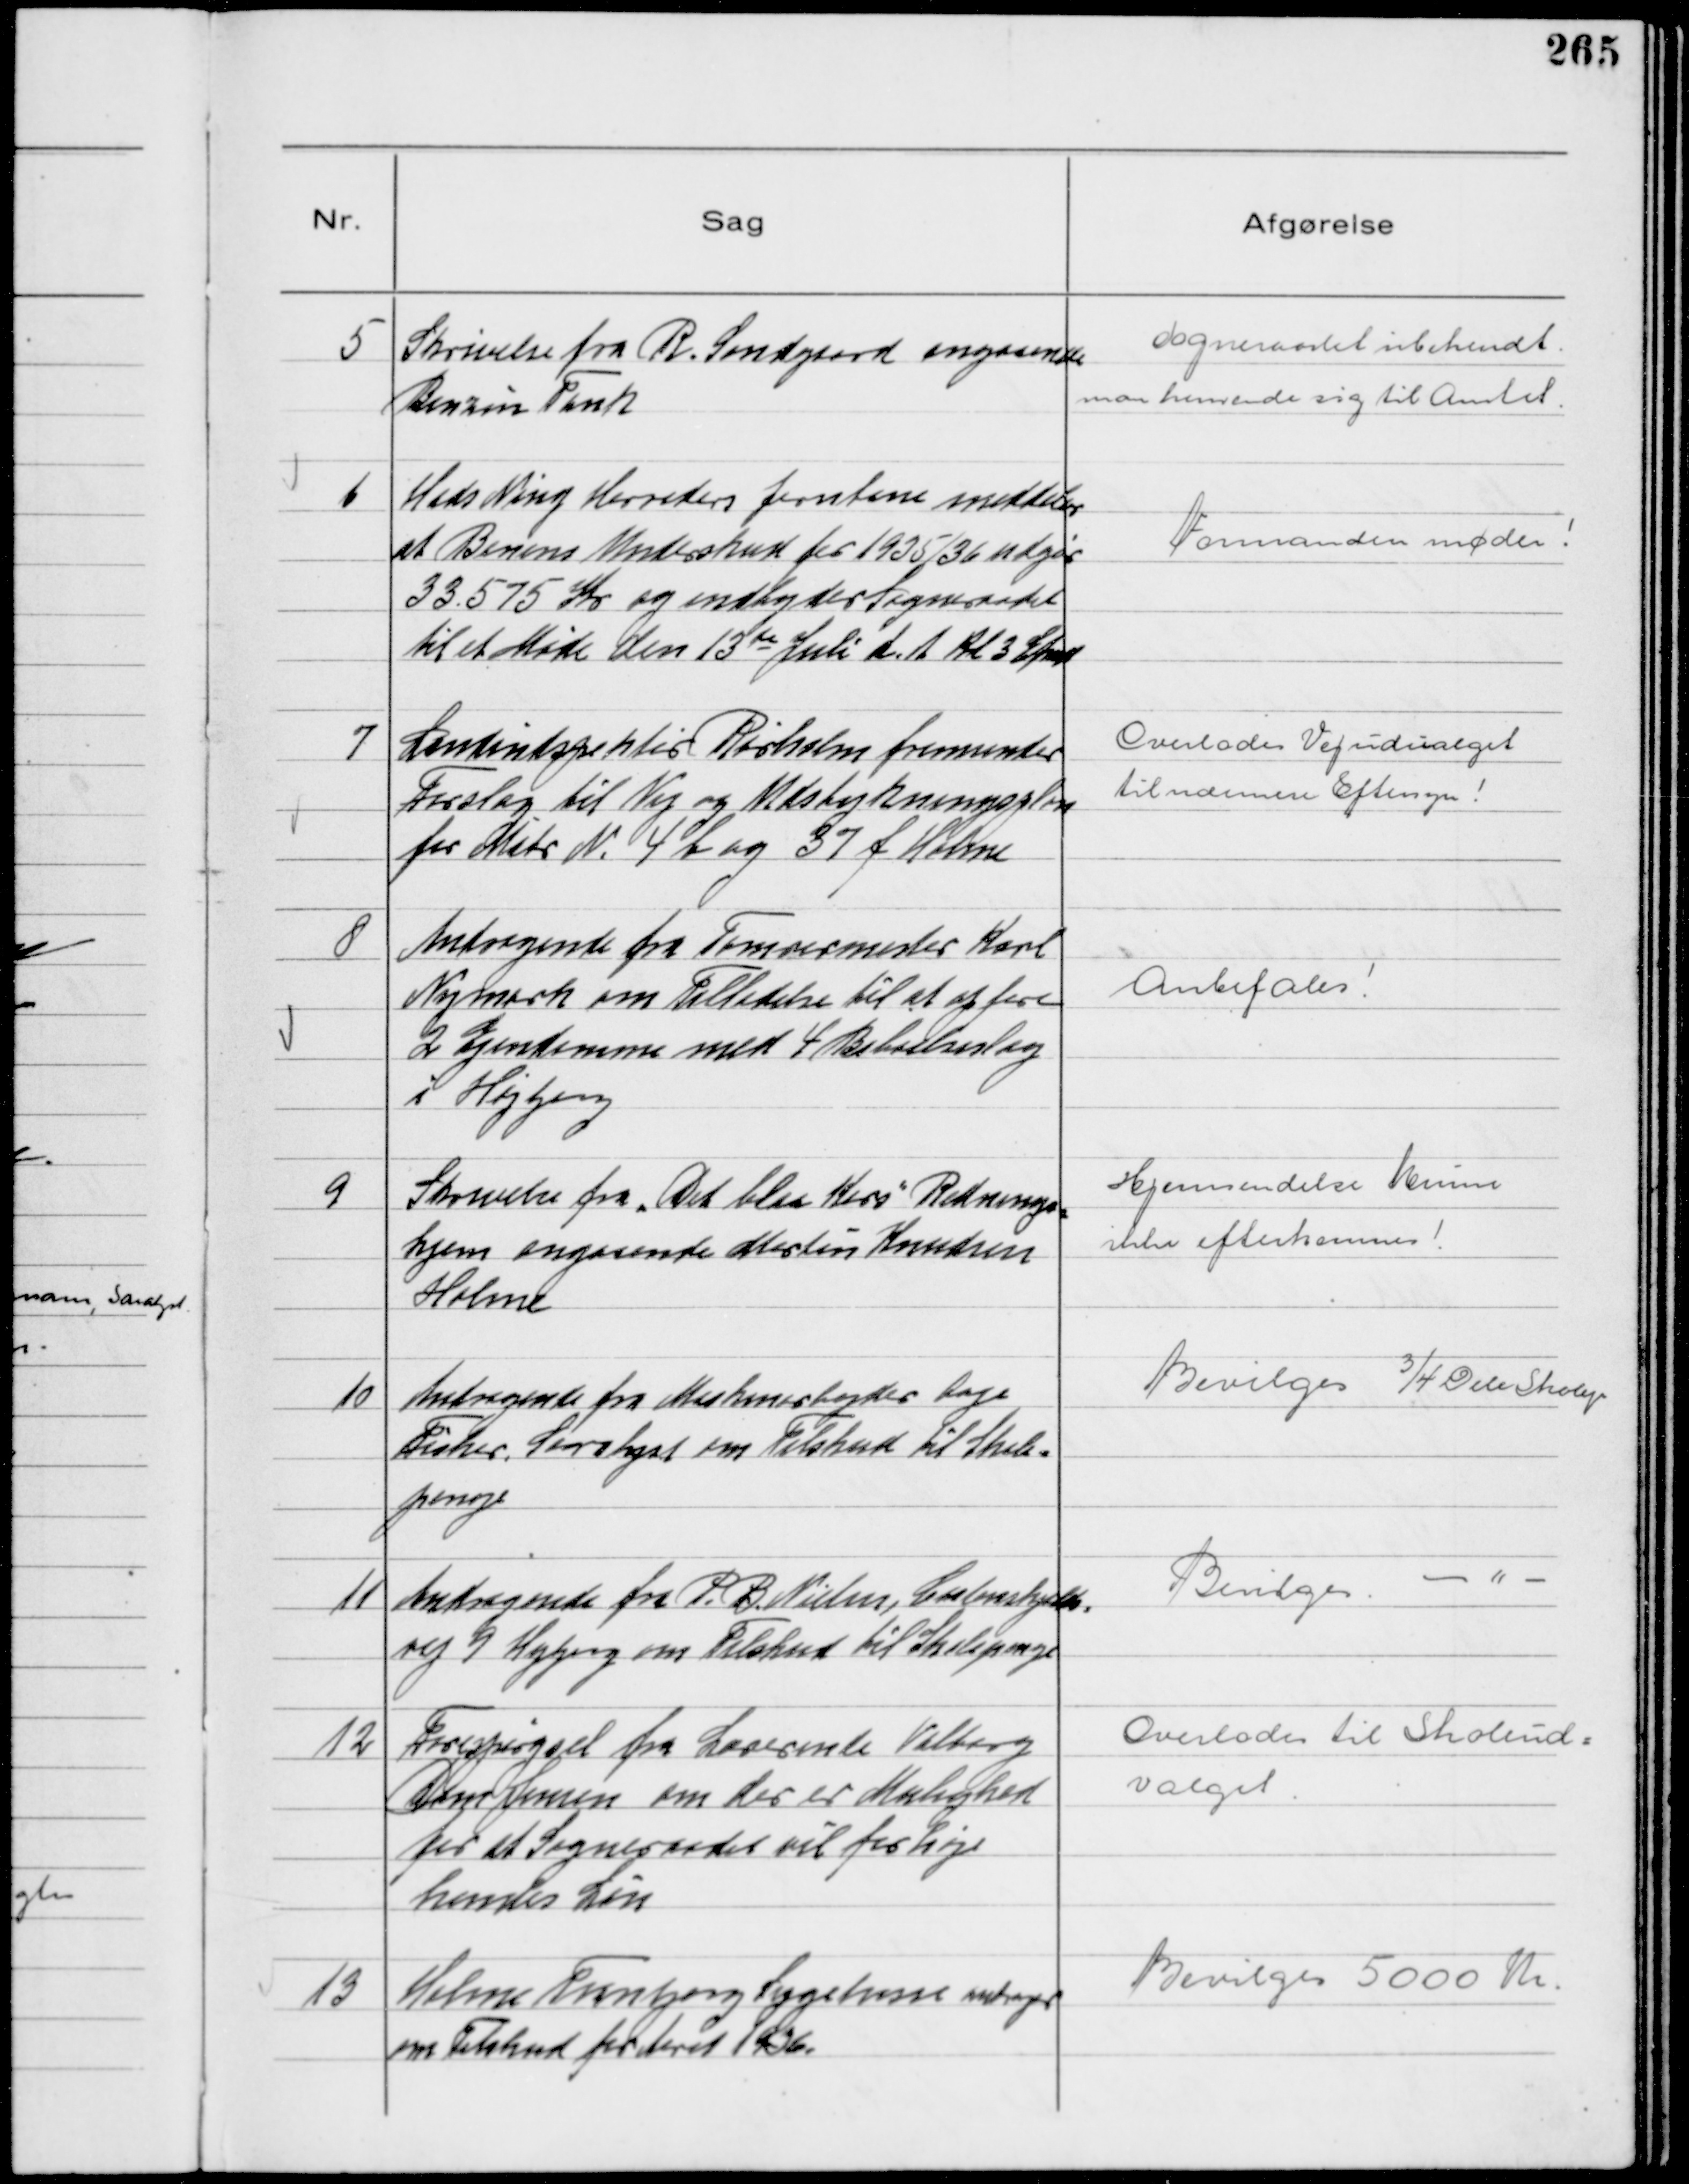
Transskription:
5
Skrivelse fra R. Sandgaard angaaende
Benzin Tank

Sogneraadet ubekendt
maa henvende sig til Amtet

6
Hads Ning Herreders Jernbane meddeler
at Banens Underskud for 1935/36 udgør
33.575 Kr og indbyder Sogneraadet
til et Møde den 13de Juli d.A. Kl 3 Efmd

Formanden møder!

7
Landindspektør Rørholm fremsender
Forslag til Vej og Udstykningsplan
for Matr N. 4 b og 37 f Holme

Overlodes Vejudvalget
til nærmere Eftersyn!

8
Andragende fra Tømrermester Karl
Nymark om Tilladelse til at opføre
2 Ejendomme med 4 Beboelseslag
i Højbjerg

Anbefales

9
Skrivelse fra "Det blaa Kors" Rednings-
hjem angaaende Martin Knudsen
Holme

Hjemsendelse kunne
ikke efterkommes!

10
Andragende fra Maskinarbejder Aage
Fisker, Saralyst om Tilskud til Skole-
penge

Bevilges ¾ Dele Skolepenge

11
Andragende fra P. B. Nielsen, Castenskjolds-
vej 9 Højbjerg om Tilskud til Skolepenge

Bevilges -"-

12
Forespørgsel fra Lærerinde Valborg
Dam Jensen om der er Mulighed
for at Sogneraadet vil forhøje
hendes Løn

Overlodes til Skoleud-
valget

13
Holme Tranbjerg Sygekasse andrager
om Tilskud for Aaret 1936.

Bevilges 5000 Kr